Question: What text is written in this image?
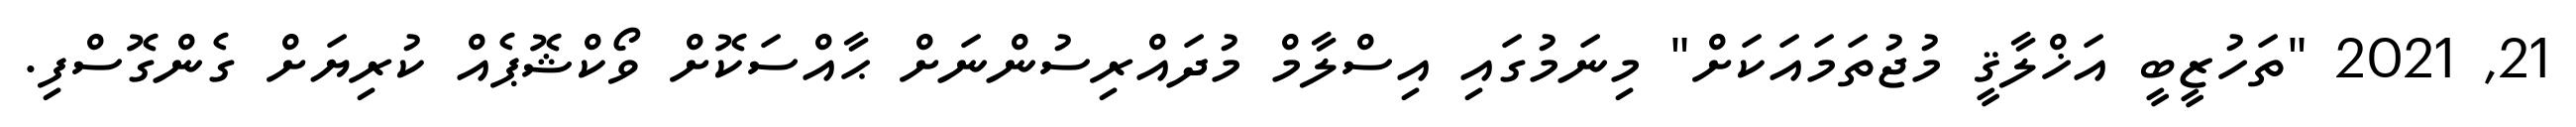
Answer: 21, 2021 "ތަހުޒީބީ އަޚްލާޤީ މުޖުތަމައަކަށް" މިނަމުގައި އިސްލާމް މުދައްރިސުންނަށް ޙާއްސަކޮށް ވޯކްޝޮޕެއް ކުރިޔަށް ގެންގޮސްފި.